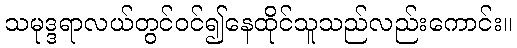
သမုဒ္ဒရာလယ်တွင်ဝင်၍နေထိုင်သူသည်လည်းကောင်း။